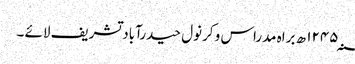
۱۲۴۵؁ ھ براہ مدراس و کرنول حیدرآباد تشریف لائے ۔